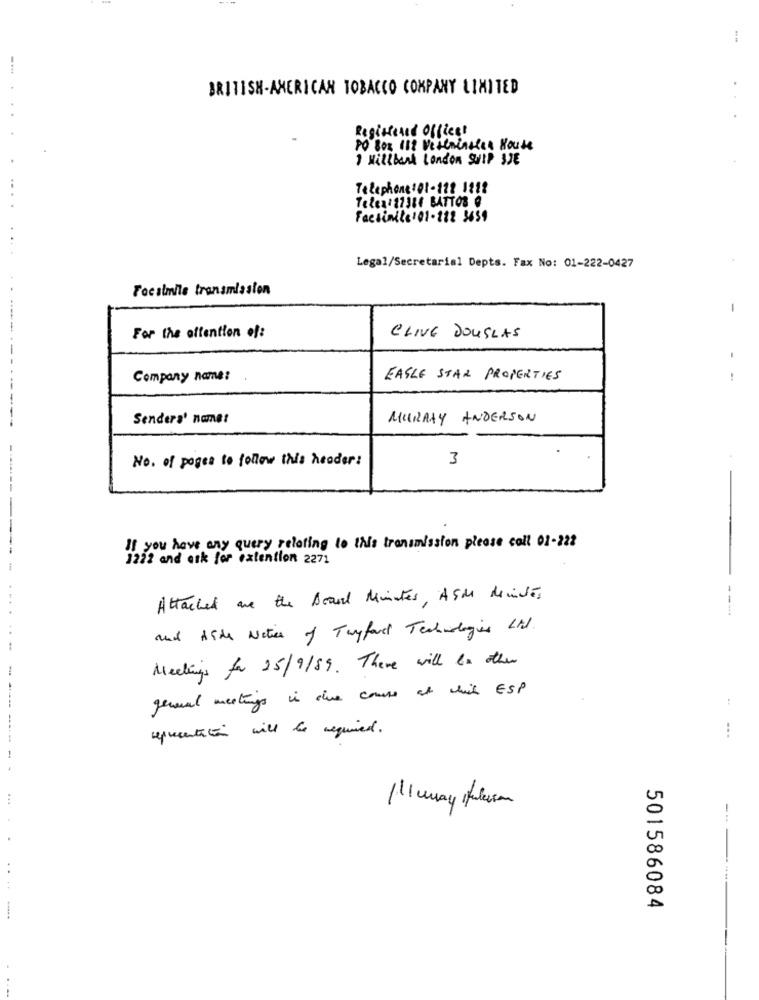
BRITISH-AMERICAN TOBACCO COMPANY LIMITED
Registered Office!
PO Boz 11: Veterinsten House
I willbank London SWIP 3DE
Telephone:01-172 1912
Telex 11314 BATTOS @
Facsimile101-212 3659
Legal/Secretarial Depts. Fax No: 01-222-0427
Focalmile transmission
-
For the offention of:
CLIVE DOUGLAS
------
-
Company name:
EAGLE STAR PROPERTIES
..
Sendera' name:
MURRAY ANDERSON
No. of pages to follow this header:
3
If you have any query relating to this transmission please call 01-222
1222 and ask for extention 2271
Attached are the Board Minutes, A5M Mendes
---
and Aids Notices of Tryfare Technologies Ltd.
Meetings for 25/9/89. There will be other
general meetings in due course at which ESP
:
representation will be required.
501586084